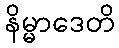
နိမ္မာဒေတိ